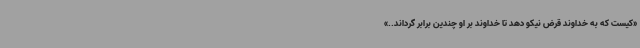
«کیست که به خداوند قرض نیکو دهد تا خداوند بر او چندین برابر گرداند..»